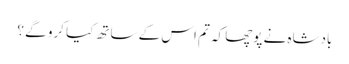
بادشاہ نے پوچھا کہ تم اس کے ساتھ کیا کرو گے ؟